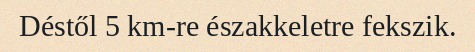
Déstől 5 km-re északkeletre fekszik.